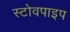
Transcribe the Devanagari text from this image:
स्टोवपाइप